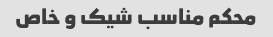
محکم مناسب شیک و خاص